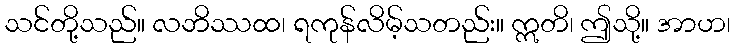
သင်တို့သည်။ လဘိဿထ၊ ရကုန်လိမ့်သတည်း။ ဣတိ၊ ဤသို့။ အာဟ၊